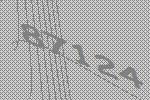
87124